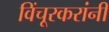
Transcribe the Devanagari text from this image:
विंचूरकरांनीं